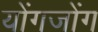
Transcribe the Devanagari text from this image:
योंगजोंग